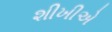
શીખીએ